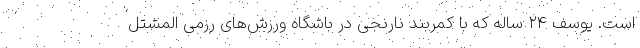
است. یوسف ۲۴ ساله که با کمربند نارنجی در باشگاه ورزش‌های رزمی المشتل